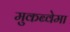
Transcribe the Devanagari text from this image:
मुकब्वेमा